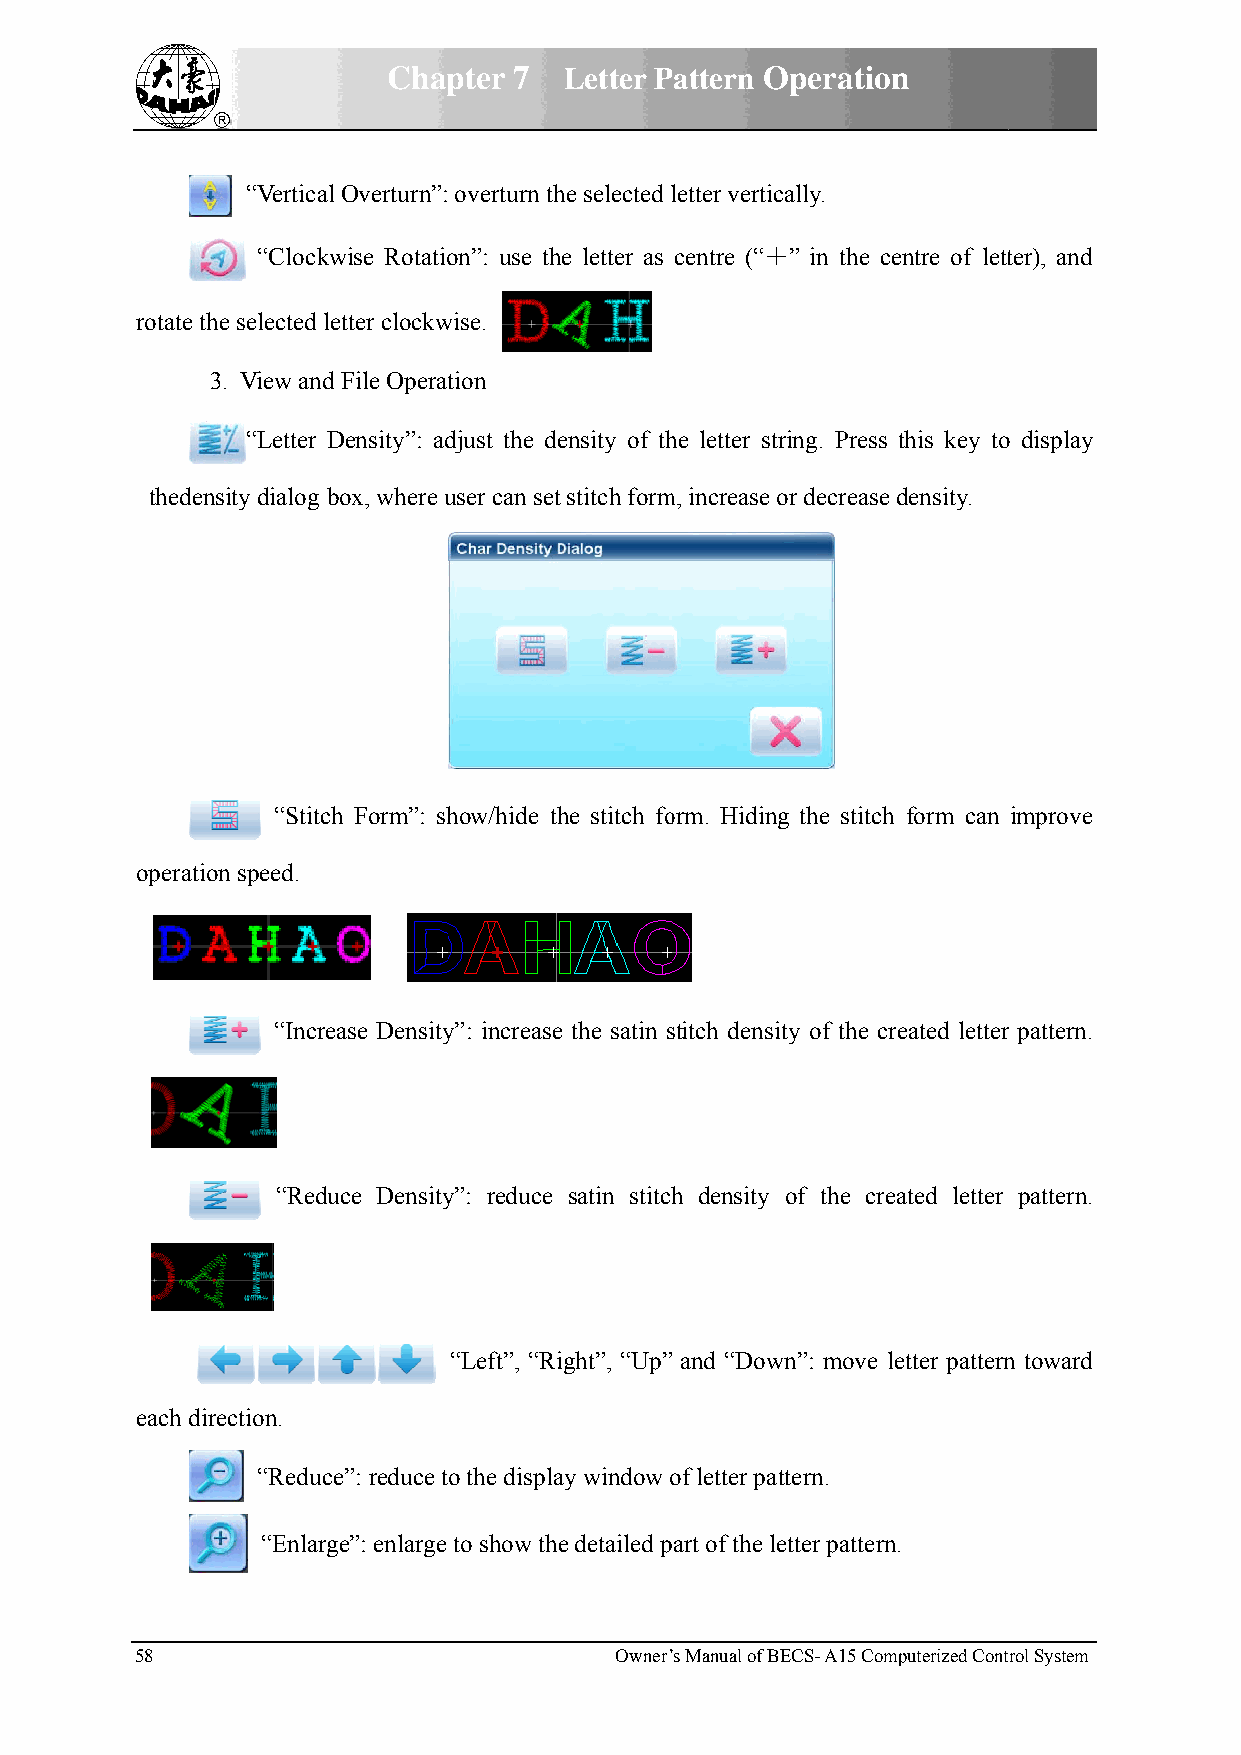
Chappter 7 Letter Pattern OOperationn
 “Vertical Overturn”: overturn thhe selected lletter vertically.
 “Clockwwise Rotatioon”: use thhe letter as centre (“＋＋” in the ceentre of lettter), and
 rotate thee selected leetter clockwwise.
 3.. View and File Operattion
 “Letter DDensity”: addjust the deensity of thhe letter strring. Press this key too display
 thedenssity dialog bbox, where uuser can sett stitch formm, increase oor decrease density.
 “Stitchh Form”: shhow/hide thhe stitch foorm. Hidingg the stitch form can improve
 operationn speed.
 “Increase Densityy”: increasee the satin sstitch densitty of the crreated letterr pattern.
 “Reduuce Densityy”: reduce satin stitchh density of the created letter pattern.
 “Left”, “Riight”, “Up” and “Down”: move leetter patternn toward
 each direection.
 “Reducee”: reduce tto the displaay window oof letter pattern.
 “Enlargge”: enlarge to show thee detailed part of the leetter pattern.
 58                              Owner’s Manual of BEECS- A15 Commputerized Contrrol System